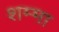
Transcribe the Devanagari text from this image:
शम्मा